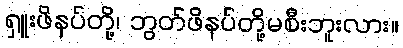
ရှူးဖိနပ်တို့၊ ဘွတ်ဖိနပ်တို့မစီးဘူးလား။